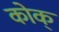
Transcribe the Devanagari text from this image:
कोक्